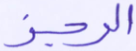
الرجز